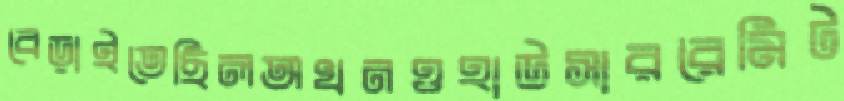
বেড়াইতেছিলঅখনওহাউসাররেমিট